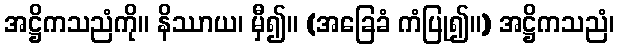
အဋ္ဌိကသညံကို။ နိဿာယ၊ မှီ၍။ (အခြေခံ ကံပြု၍။) အဋ္ဌိကသညံ၊